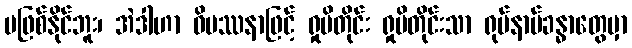
မဖြစ်နိုင်ဘူး၊ အဲဒါဟာ ဝိပဿနာဖြင့် ရှုမိတိုင်း ရှုမိတိုင်းသာ ရုပ်နာမ်ခန္ဓာတွေမှာ